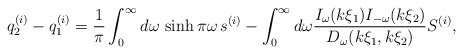
\begin{align*}q_{2}^{(i)}-q_{1}^{(i)}=\frac{1}{\pi }\int_{0}^{\infty }d\omega\,\sinh \pi \omega \,s^{(i)}-\int_{0}^{\infty }d\omega\frac{I_{\omega }(k\xi _{1})I_{-\omega }(k \xi _{2})}{D_{\omega}(k\xi _{1},k\xi _{2})}S^{(i)}, \end{align*}